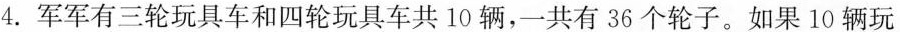
4.军军有三轮玩具车和四轮玩具车共10辆，一共有36个轮子。如果10辆玩